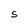
Character: S